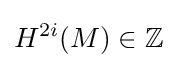
H^{2i}(M)\in \mathbb {Z}